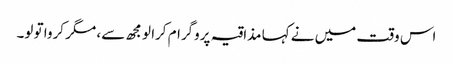
اس وقت میں نے کہا مذاقیہ پروگرام کرا لو مجھ سے، مگر کروا تو لو۔